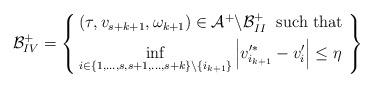
LaTeX: \begin{align*}\mathcal{B}^+_{IV} = \left\{\begin{aligned}& \left(\tau,v_{s+k+1},\omega_{k+1}\right)\in\mathcal{A}^+ \backslash \mathcal{B}^+_{II} \; \textnormal{ such that }\\& \inf_{i\in\left\{1,\dots,s,s+1,\dots,s+k\right\}\backslash \left\{i_{k+1}\right\} } \left|v_{i_{k+1}}^{\prime *} - v_i^\prime \right| \leq \eta\end{aligned} \right\}\end{align*}